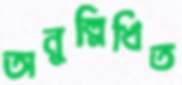
অনুল্লিখিত